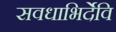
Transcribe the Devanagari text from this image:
सवधाभिर्देवि